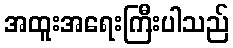
အထူးအရေးကြီးပါသည်